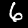
Digit: 6